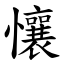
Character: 懹